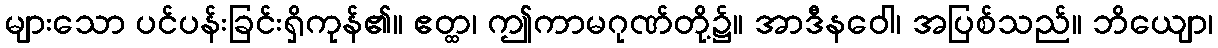
များသော ပင်ပန်းခြင်းရှိကုန်၏။ ဧတ္ထ၊ ဤကာမဂုဏ်တို့၌။ အာဒီနဝေါ၊ အပြစ်သည်။ ဘိယျော၊